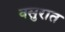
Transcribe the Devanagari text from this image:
वसुरात